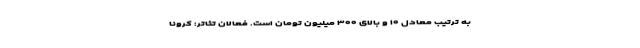
به ترتیب معادل ۱۰ و بالای ۳۰۰ میلیون تومان است. فعالان تئاتر: کرونا